Vaccination in Bombay 1874-1876 - 1874-1876
Year: 1874
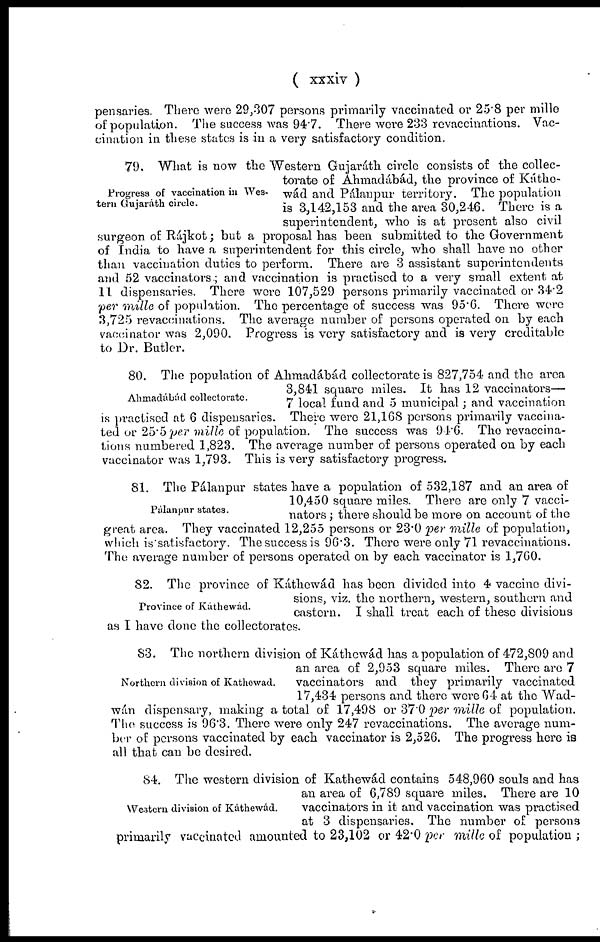
( xxxiv )
pensaries. There were 29,307 persons primarily vaccinated or 25.8 per mille
of population. The success was 94.7. There were 233 revaccinations. Vac-
cination in these states is in a very satisfactory condition.
Progress of vaccination in Wes-
tern Gujaráth circle.
79. What is now the Western Gujaráth circle consists of the collec-
torate of Ahmadábád, the province of Káthe-
wád and Pálanpur territory. The population
is 3,142,153 and the area 30,246. There is a
superintendent, who is at present also civil
surgeon of Rájkot; but a proposal has been submitted to the Government
of India to have a superintendent for this circle, who shall have no other
than vaccination duties to perform. There are 3 assistant superintendents
and 52 vaccinators; and vaccination is practised to a very small extent at
11 dispensaries. There were 107,529 persons primarily vaccinated or 34.2
per mille of population. The percentage of success was 95.6. There were
3,725 revaccinations. The average number of persons operated on by each
vaccinator was 2,090. Progress is very satisfactory and is very creditable
to Dr. Butler.
Ahmadábád collectorate.
80. The population of Ahmadábád collectoratc is 827,754 and the area
3,841 square miles. It has 12 vaccinators—
7 local fund and 5 municipal; and vaccination
is practised at 6 dispensaries. There were 21,168 persons primarily vaccina-
ted or 25.5 per mille of population. The success was 94.6. The revaccina-
tions numbered 1,823. The average number of persons operated on by each
vaccinator was 1,793. This is very satisfactory progress.
Pálanpur states.
81. The Pálanpur states have a population of 532,187 and an area of
10,450 square miles. There are only 7 vacci-
nators ; there should be more on account of the
great area. They vaccinated 12,255 persons or 23.0 per mille of population,
which is satisfactory. The success is 96.3. There were only 71 revaccinations.
The average number of persons operated on by each vaccinator is 1,760.
Province of Káthewád.
82. The province of Káthewád has been divided into 4 vaccine divi-
sions, viz. the northern, western, southern and
eastern. I shall treat each of these divisions
as I have done the collectorates.
Northern division of Kathewad.
83. The northern division of Káthewád has a population of 472,809 and
an area of 2,953 square miles. There are 7
vaccinators and they primarily vaccinated
17,434 persons and there were 64 at the Wad-
wán dispensary, making a total of 17,498 or 37.0 per mille of population.
The success is 96.3. There were only 247 revaccinations. The average num-
ber of persons vaccinated by each vaccinator is 2,526. The progress here is
all that can be desired.
Western division of Káthewád.
84. The western division of Kathewád contains 548,960 souls and has
an area of 6,789 square miles. There are 10
vaccinators in it and vaccination was practised
at 3 dispensaries. The number of persons
primarily vaccinated amounted to 23,102 or 42.0 per mille of population ;